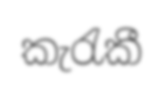
කැරැකී